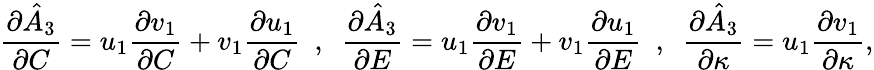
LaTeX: \frac{\partial\hat{A}_{3}}{\partial C}=u_{1}\frac{\partial v_{1}}{\partial C}+v_{1}\frac{\partial u_{1}}{\partial C}~~,~~\frac{\partial\hat{A}_{3}}{\partial E}=u_{1}\frac{\partial v_{1}}{\partial E}+v_{1}\frac{\partial u_{1}}{\partial E}~~,~~\frac{\partial\hat{A}_{3}}{\partial\kappa}=u_{1}\frac{\partial v_{1}}{\partial\kappa},